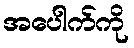
အပေါက်ကို